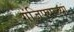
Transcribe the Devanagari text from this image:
गंजिफ्याच्या